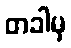
တခါမှ